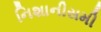
નિશાનીસમી